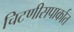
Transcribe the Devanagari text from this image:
चिटणीसपार्कात